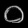
Digit: ၀